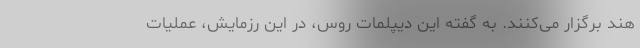
هند برگزار می‌کنند. به گفته این دیپلمات روس، در این رزمایش، عملیات